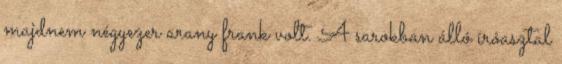
majdnem négyezer arany frank volt. A sarokban álló íróasztal